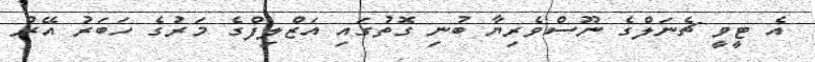
އެ ޓީވީ ޗެނަލްގެ ނޫސްވެރިޔާ ބުނި ގޮތުގައި އަޒްލިފްގެ މަރުގެ ހަބަރު އޭރު